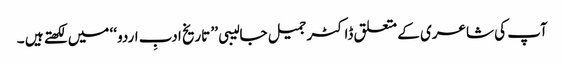
آپ کی شاعری کے متعلق ڈاکٹر جمیل جالیبی ’’ تاریخ ادبِ اردو ‘‘ میں لکھتے ہیں ۔